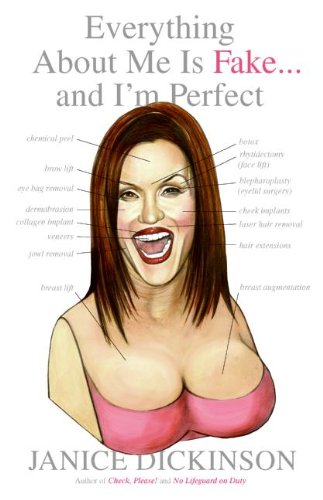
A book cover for Everything About Me Is Fake-- And I'm Perfect; Janice Dickinson; Arts & Photography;